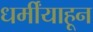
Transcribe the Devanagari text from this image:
धर्मींयाहून